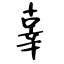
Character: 辜